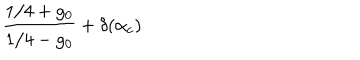
\frac { 1 / 4 + g _ { 0 } } { 1 / 4 - g _ { 0 } } + \delta ( \alpha _ { c } )